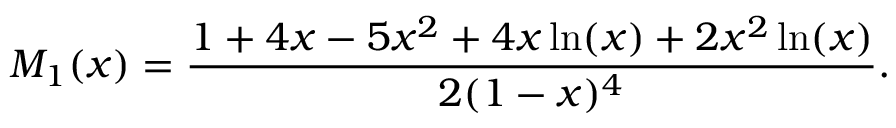
M _ { 1 } ( x ) = \frac { 1 + 4 x - 5 x ^ { 2 } + 4 x \ln ( x ) + 2 x ^ { 2 } \ln ( x ) } { 2 ( 1 - x ) ^ { 4 } } .